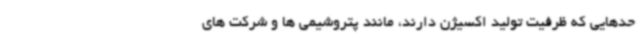
حدهایی که ظرفیت تولید اکسیژن دارند، مانند پتروشیمی ها و شرکت های